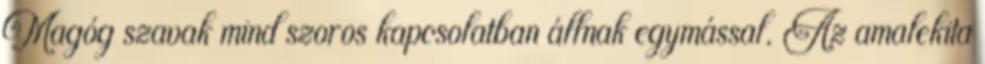
Magóg szavak mind szoros kapcsolatban állnak egymással. Az amalekita